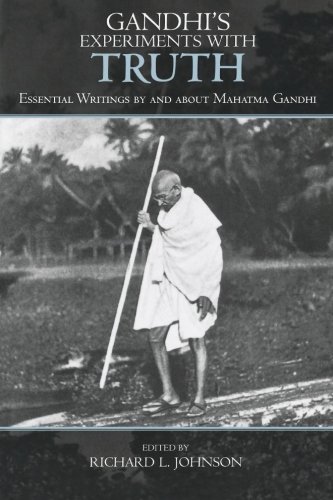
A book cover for Gandhi's Experiments with Truth: Essential Writings by and about Mahatma Gandhi (Studies in Comparative Philosophy and Religion); Religion & Spirituality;